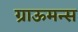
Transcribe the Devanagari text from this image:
ग्राऊमन्स